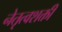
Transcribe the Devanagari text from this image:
नेतृत्वशक्ती